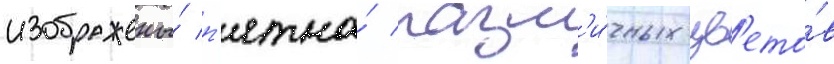
изображены́ п'ятна́ разл'и́чных цв'ето́в